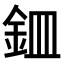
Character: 𫒏